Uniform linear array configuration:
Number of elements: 4
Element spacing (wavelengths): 0.5
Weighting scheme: cosine
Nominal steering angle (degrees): -60
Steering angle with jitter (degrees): -58.682
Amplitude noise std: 0.05
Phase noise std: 0.05

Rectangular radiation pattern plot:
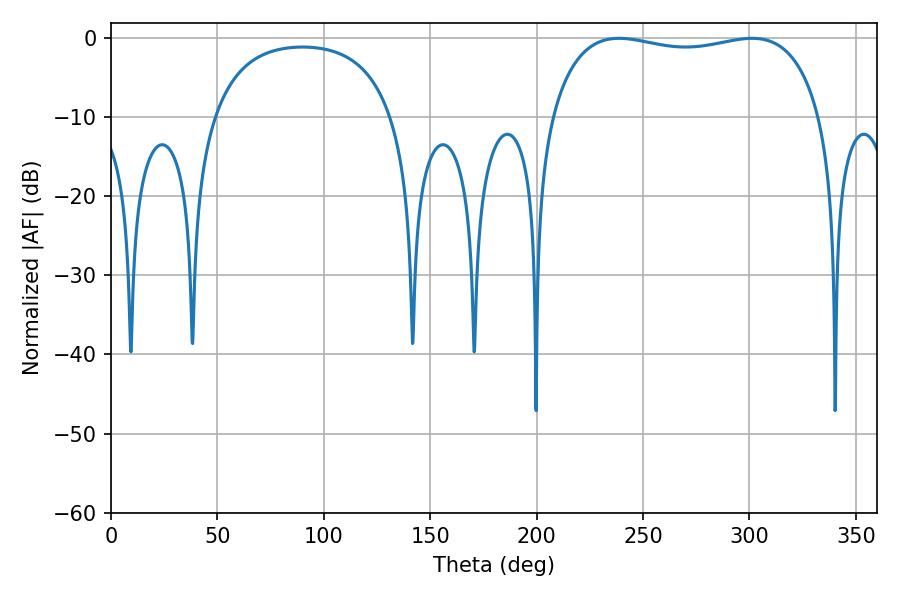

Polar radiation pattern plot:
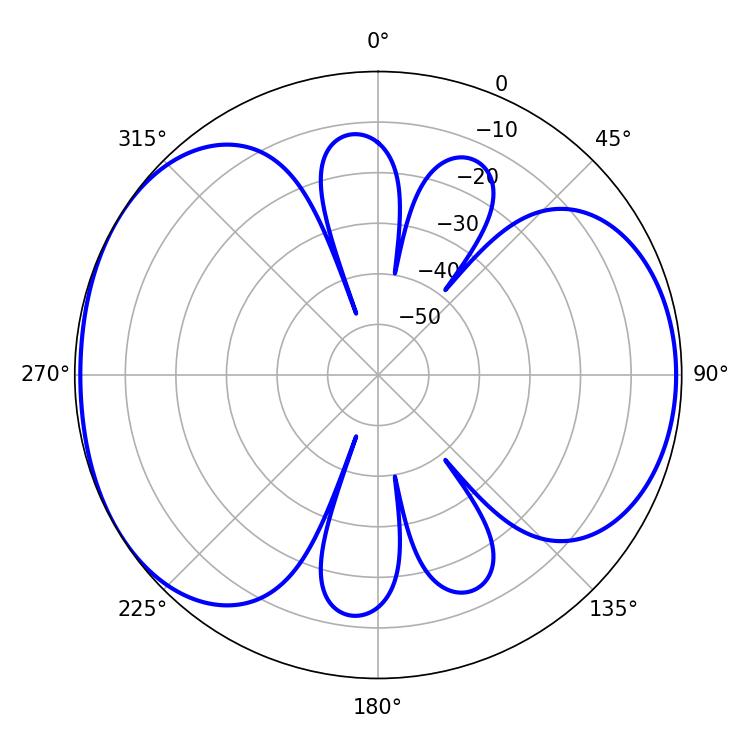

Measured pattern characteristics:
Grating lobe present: FALSE
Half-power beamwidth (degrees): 102.96
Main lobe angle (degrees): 238.68